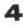
4